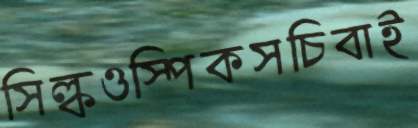
সিল্কওস্পিকসচিবাই